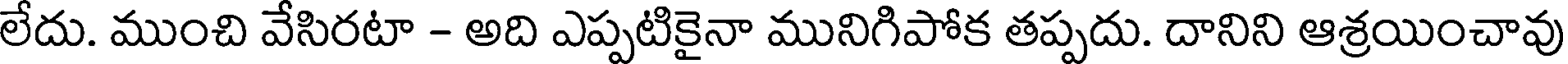
లేదు. ముంచి వేసిరటా - అది ఎప్పటికైనా మునిగిపోక తప్పదు. దానిని ఆశ్రయించావు